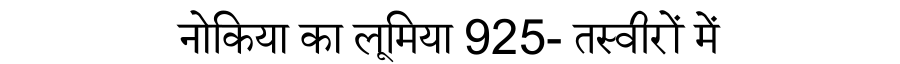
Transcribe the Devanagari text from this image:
नोकिया का लूमिया 925- तस्वीरों में